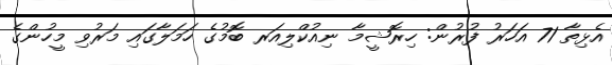
އެޅިތާ 71 އަހަރު ފުރުން: ހިރޮޝީމާ ނިއުކްލިއަރ ބޮމުގެ ހަމަލާގައި މަރުވި މީހުންގެ